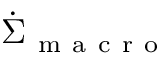
\dot { \Sigma } _ { \mathrm { ~ m ~ a ~ c ~ r ~ o ~ } }